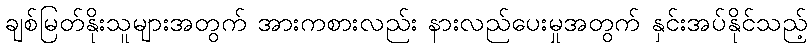
ချစ်မြတ်နိုးသူများအတွက် အားကစားလည်း နားလည်ပေးမှုအတွက် နှင်းအပ်နိုင်သည့်